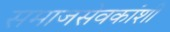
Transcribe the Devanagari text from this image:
समाजसेवकांशी